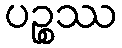
ပဉ္စဿ